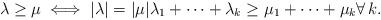
LaTeX: \begin{gather*}\lambda \geq \mu\iff{|\lambda|=|\mu|}\lambda_1+\cdots+\lambda_k \geq \mu_1+\cdots+\mu_k\forall\, k.\end{gather*}